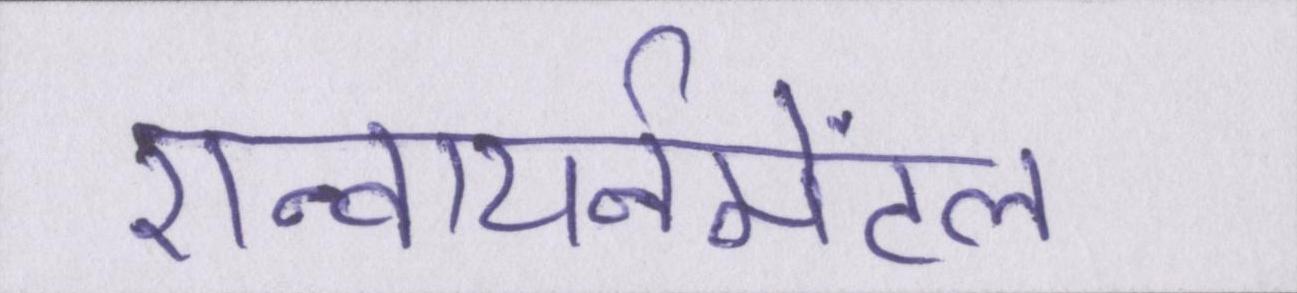
एन्वायर्नमेंटल